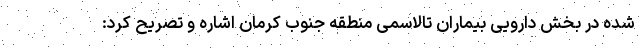
شده در بخش دارویی بیماران تالاسمی منطقه جنوب کرمان اشاره و تصریح کرد: